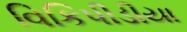
વિકિપીડીયા